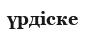
үрдіске